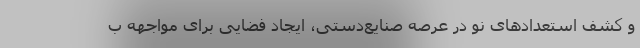
و کشف استعدادهای نو در عرصه صنایع‌دستی، ایجاد فضایی برای مواجهه ب